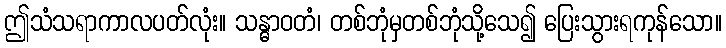
ဤသံသရာကာလပတ်လုံး။ သန္ဓာဝတံ၊ တစ်ဘုံမှတစ်ဘုံသို့သေ၍ ပြေးသွားရကုန်သော။